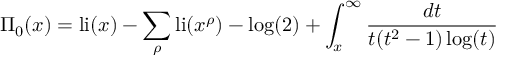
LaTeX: \Pi _ { 0 } ( x ) = \operatorname { l i } ( x ) - \sum _ { \rho } \operatorname { l i } ( x ^ { \rho } ) - \log ( 2 ) + \int _ { x } ^ { \infty } { \frac { d t } { t ( t ^ { 2 } - 1 ) \log ( t ) } }